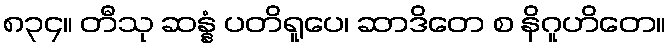
၈၃၄။ တီသု ဆန္နံ ပတိရူပေ၊ ဆာဒိတေ စ နိဂူဟိတေ။